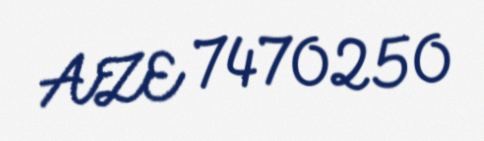
AZE 7470250